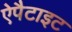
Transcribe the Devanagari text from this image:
ऐपैटाइट